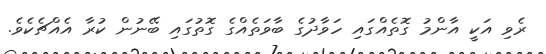
ރެވި އަކީ އާންމު ގޮތެއްގައި ހަވާދުގެ ބާވަތެއްގެ ގޮތުގައި ބޭނުން ކުރާ އެއްޗެކެވެ.